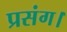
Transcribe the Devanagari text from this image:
प्रसंग।